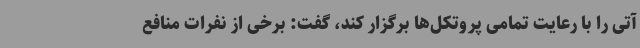
آتی را با رعایت تمامی پروتکل‌ها برگزار کند، گفت: برخی از نفرات منافع